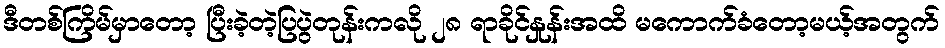
ဒီတစ်ကြိမ်မှာတော့ ပြီးခဲ့တဲ့ပြပွဲတုန်းကလို ၂၈ ရာခိုင်နှုန်းအထိ မကောက်ခံတော့မယ့်အတွက်